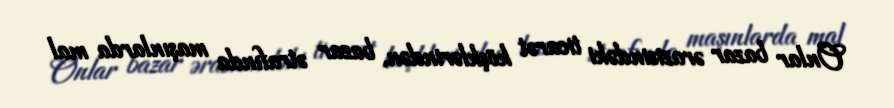
Onlar bazar ərazisindəki ticarət köşklərindən, bazar ətrafında maşınlarda mal